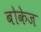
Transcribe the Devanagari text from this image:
बोकेज